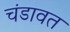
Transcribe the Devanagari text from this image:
चंडावत